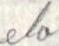
elo